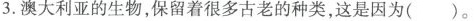
3.澳大利亚的生物，保留着很多古老的种类，这是因为()。